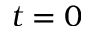
t = 0